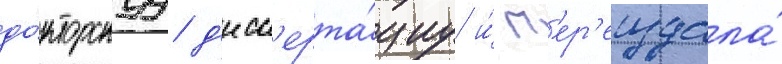
до́кторскуу д'исс'ерта́циу и́ п'ер'еиздала́